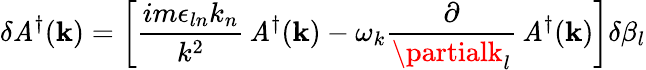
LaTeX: \delta\mathit{A}^{\dagger}({\mathbf{k}})=\left[\frac{{im\epsilon_{ln}k_{n}}}{{k^{2}}}\, \mathit{A}^{\dagger}({\mathbf{k}})-\omega_{k}\frac{{\partial}}{{\partialk_{l}}}\, \mathit{A}^{\dagger}({\mathbf{k}})\right]\delta\beta_{l}